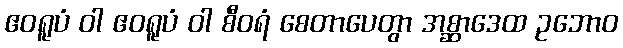
ဧဝရူပံ ဝါ ဧဝရူပံ ဝါ စီဝရံ စေတာပေတွာ အစ္ဆာဒေထ ဥဘောဝ